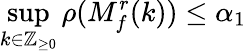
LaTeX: \operatorname*{sup}_{k\in\mathbb{Z}_{\geq 0}}\rho(M_{f}^{r}(k))\leq\alpha_{1}